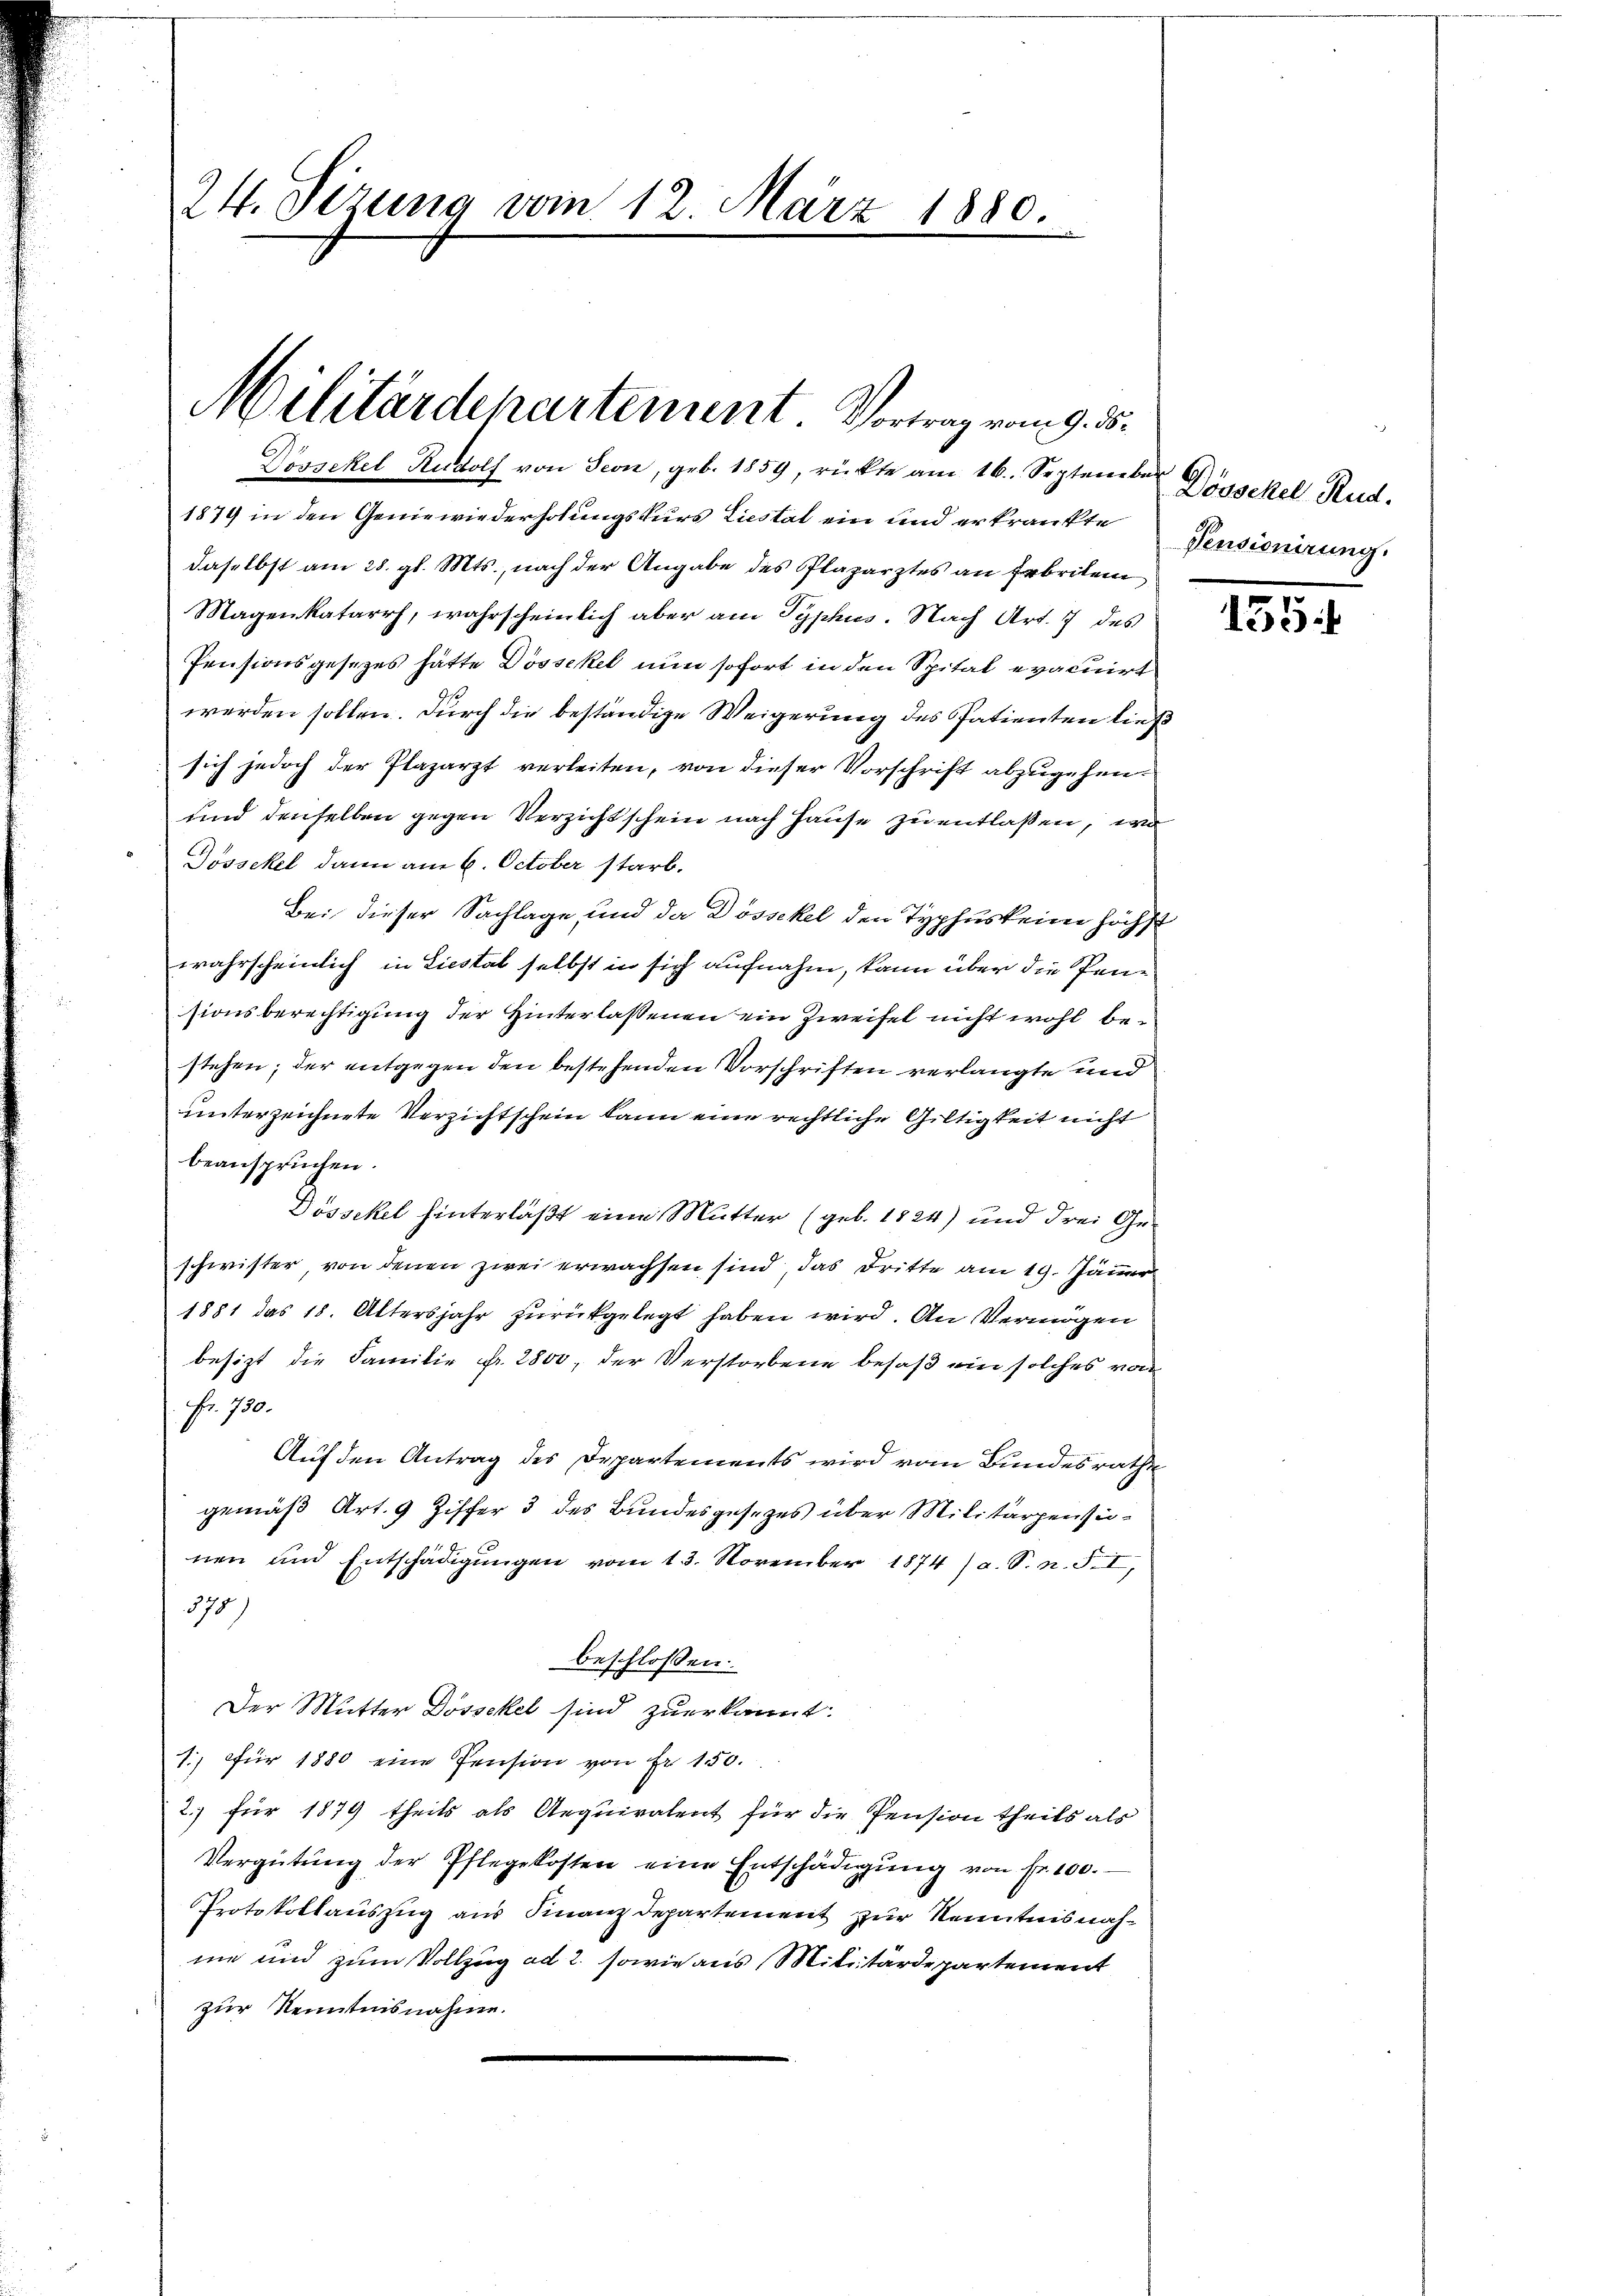
24. Sizung vom 12. März 1880.

Dössekel Rudolf von Seon, geb. 1859, rückte am 16. September
1879 in den Geniewiederholungskurs Liestat ein und erkränkte
daselbst am 28. gl. Mts., nach der Angabe des Plazarztes an Erbeiten
Magenkatarrh, wahrscheinlich aber am Typhus. Nach Art. 7 des
Pensionsgesezes hätte Dössekel nun sofort in den Spital evacuirt.
werden sollen. Durch die beständige Weigerung des Patienten ließ
sich jedoch der Plazarzt verleiten, von dieser Vorschrift abzugehen.
und denselben gegen Verzichtschein nach Hause zu entlaßen, wo
Dössekel dann am 6. October starb.
Bei dieser Sachlage und da Dössekel den Typhuskein höchst
wahrscheinlich in Liestal selbst in sich aufnahm, kann über die Pensionsberechtigung der Hinterlaßenen ein Zweifel nicht wohl bestehen; der entgegen den bestehenden Vorschriften verlangte und
unterzeichnete Verzichtschein kann eine rechtliche Gültigkeit nicht
beanspruchen.
Dössekel hinterläßt eine Mutter (geb. 1824) und drei Geschwister, von denen zwei erwachsen sind, das Dritte am 19. Jänner
1881 das 18. Altersjahr zurückgelegt haben wird. An Vermögen
besitzt die Familie Fr. 2800, der Verstorbene besaß ein solches von
Fr. 750.
Auf den Antrag des Departements wird vom Bundesrathe
gemäß Art. 9 Ziffer 3 des Bundesgesezes über Militärgen seinen und Entschädigungen vom 13. November 1874 / a. S. n. F. I,
570/
beschlossen:
Der Mutter Dossekel sind zuerkannt.
1., für 1880 eine Pension von Fr. 150.
2.) für 1879 theils als Aequivalent für die Pension theils als
Vergütŭng der Pflegekosten eine Entschädigŭng von fr. 100.
Protokollauszug aus Finanzdepartement zur Kenntnisnahme und zum Vollzug ad 2. sowie aus Militärdepartement
zur Kenntnisnahme.
.

Militärdepartement. Vortrag vom 9. ds.

Dösockel Rud.
Pensionirung.

135